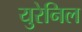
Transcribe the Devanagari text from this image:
युरेनिल